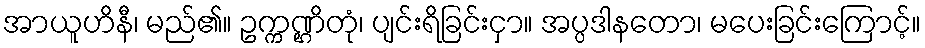
အာယူဟိနီ၊ မည်၏။ ဥက္ကဏ္ဌိတုံ၊ ပျင်းရိခြင်းငှာ။ အပ္ပဒါနတော၊ မပေးခြင်းကြောင့်။